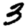
Digit: 3